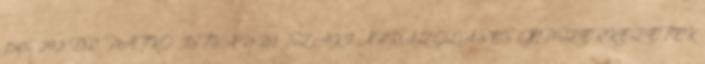
150,- 292 DR. PATKÓ ISTVÁN MŰSZAKI ÁBRÁZOLÁS ÉS GÉPSZERKEZETEK